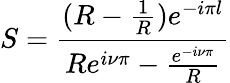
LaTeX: S=\frac{(R-\frac{1}{R})e^{-i\pi l}}{Re^{i\nu\pi}-\frac{e^{-i\nu\pi}}{R}}